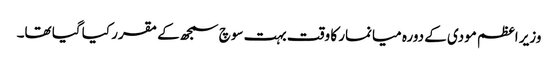
وزیر اعظم مودی کے دورہ میانمار کا وقت بہت سوچ سمجھ کے مقرر کیا گیا تھا۔